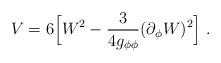
LaTeX: \begin{align*}V=6 \Big[W^2-{3\over{4g_{\phi \phi}}} (\partial_\phi W)^2 \Big]\ .\end{align*}